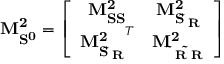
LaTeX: \mathbf { M _ { S ^ { 0 } } ^ { 2 } } = \left[ \begin{array} { c c } { { \mathbf { M _ { S S } ^ { 2 } } } } & { { \mathbf { M _ { S \widetilde { \nu } _ { R } } ^ { 2 } } } } \\ { { \mathbf { M _ { S \widetilde { \nu } _ { R } } ^ { 2 } } ^ { T } } } & { { \mathbf { M _ { \widetilde { \nu } _ { R } \widetilde { \nu } _ { R } } ^ { 2 } } } } \end{array} \right]